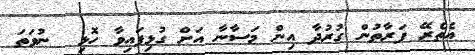
އެތެރޭ ފަރާތުން ގުރުދާ އިން މަސާނާ އަށް ގުޅިފައިވާ ހޮޅި  ނުވަތަ